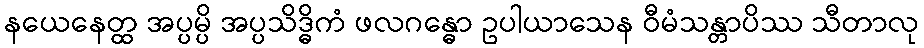
နယေနေတ္ထ အပ္ပမ္ပိ အပ္ပသိဒ္ဓိကံ ဖလဂန္ဓော ဥပါယာသေန ဝီမံသန္တာပိဿ သီတာလု